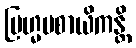
ဗြဟ္မပစာယိကန္တိ